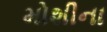
મોશીના